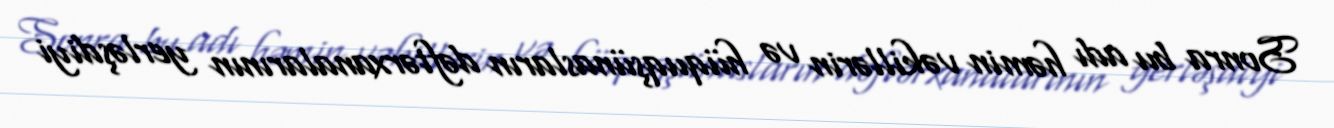
Sonra bu adı həmin vəkillərin və hüquqşünasların dəftərxanalarının yerləşdiyi